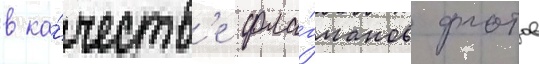
в ка́честв'е фла́гманов флотов